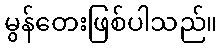
မွန်တေးဖြစ်ပါသည်။